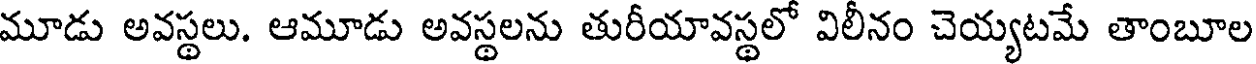
మూడు అవస్థలు. ఆమూడు అవస్థలను తురీయావస్థలో విలీనం చెయ్యటమే తాంబూల